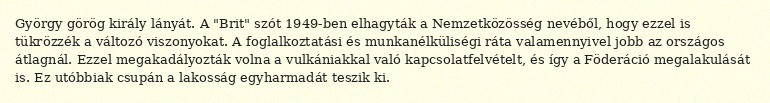
György görög király lányát. A "Brit" szót 1949-ben elhagyták a Nemzetközösség nevéből, hogy ezzel is tükrözzék a változó viszonyokat. A foglalkoztatási és munkanélküliségi ráta valamennyivel jobb az országos átlagnál. Ezzel megakadályozták volna a vulkániakkal való kapcsolatfelvételt, és így a Föderáció megalakulását is. Ez utóbbiak csupán a lakosság egyharmadát teszik ki.